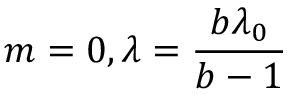
m = 0 , \lambda = \frac { b \lambda _ { 0 } } { b - 1 }